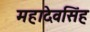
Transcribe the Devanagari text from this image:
महादेवसिंह